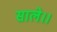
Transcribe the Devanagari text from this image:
साले।।